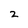
Character: 2